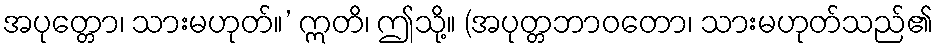
အပုတ္တော၊ သားမဟုတ်။’ ဣတိ၊ ဤသို့။ (အပုတ္တဘာဝတော၊ သားမဟုတ်သည်၏